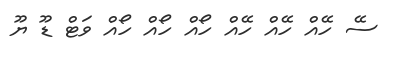
ސޭ ހޭއް ހޭއް ހޭއް ހޯއް ހޯއް ހޯއް ވަޓް ޑޫ ޔޫ